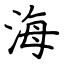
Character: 海